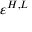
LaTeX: \varepsilon ^ { H , L }